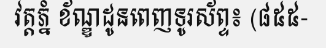
វត្តភ្នំ ខ័ណ្ឌដូនពេញទូរស័ព្ទ៖ (៨៥៥-